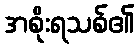
အစိုးရသစ်၏